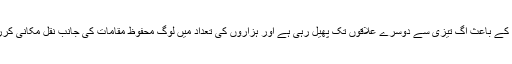
تیزہواؤں کے باعث آگ تیزی سے دوسرے علاقوں تک پھیل رہی ہے اور ہزاروں کی تعداد میں لوگ محفوظ مقامات کی جانب نقل مکانی کررہے ہیں۔